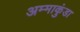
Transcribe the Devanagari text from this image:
अम्माकुंडा